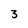
Character: 3